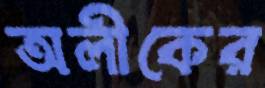
অলীকের